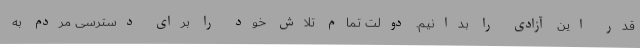
قدر این آزادی را بدانیم. دولت تمام تلاش خود را برای دسترسی مردم به